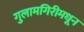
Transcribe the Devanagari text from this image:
गुलामगिरीमधून